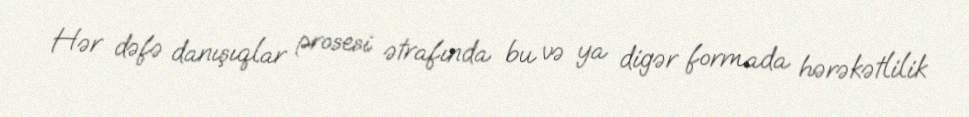
Hər dəfə danışıqlar prosesi ətrafında bu və ya digər formada hərəkətlilik